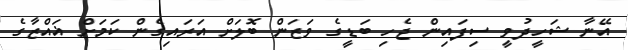
އޭނާ ޝަހީދުވީ ސިފައިން ޖެހި ބަޑީގެ ވަޒަން ބޮލަށް އަރައިގެން ކަމަށް ޣައްޒާގެ